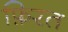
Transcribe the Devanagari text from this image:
फ़िरत